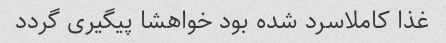
غذا کاملاسرد شده بود خواهشا پیگیری گردد